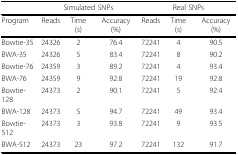
<table><thead><tr><td></td><td colspan="3"><b>Simulated SNPs</b></td><td colspan="3"><b>Real SNPs</b></td></tr></thead><tbody><tr><td>Program</td><td>Reads</td><td>Time (s)</td><td>Accuracy (%)</td><td>Reads</td><td>Time (s)</td><td>Accuracy (%)</td></tr><tr><td>Bowtie-35</td><td>24326</td><td>2</td><td>76.4</td><td>72241</td><td>4</td><td>90.5</td></tr><tr><td>BWA-35</td><td>24326</td><td>5</td><td>83.4</td><td>72241</td><td>8</td><td>90.2</td></tr><tr><td>Bowtie-76</td><td>24359</td><td>3</td><td>89.2</td><td>72241</td><td>4</td><td>93.4</td></tr><tr><td>BWA-76</td><td>24359</td><td>9</td><td>92.8</td><td>72241</td><td>19</td><td>92.8</td></tr><tr><td>Bowtie-128</td><td>24373</td><td>2</td><td>90.1</td><td>72241</td><td>5</td><td>92.4</td></tr><tr><td>BWA-128</td><td>24373</td><td>5</td><td>94.7</td><td>72241</td><td>49</td><td>93.4</td></tr><tr><td>Bowtie-512</td><td>24373</td><td>3</td><td>93.8</td><td>72241</td><td>9</td><td>93.5</td></tr><tr><td>BWA-512</td><td>24373</td><td>23</td><td>97.2</td><td>72241</td><td>132</td><td>91.7</td></tr></tbody></table>